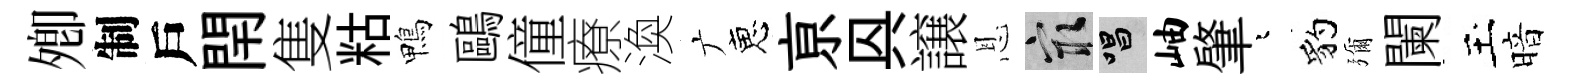
𡖖制戶閈隻䊀鴨鷗僮療渙广恵亰㒷譲恩冣唱岫肇迢豹彌闌玉暗